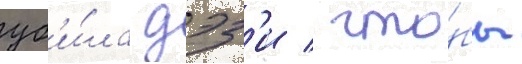
уб'и́ла дэз'и / что́бы